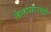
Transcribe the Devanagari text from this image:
तेलांसारखी